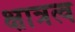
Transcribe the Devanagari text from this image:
क्षात्रत्व